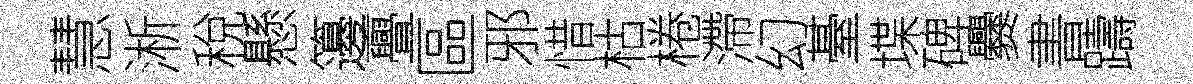
慧淅稅懸籩亹區邪惜枯棬滯幻䑓堞碑爨書躊